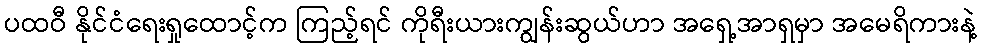
ပထဝီ နိုင်ငံရေးရှုထောင့်က ကြည့်ရင် ကိုရီးယားကျွန်းဆွယ်ဟာ အရှေ့အာရှမှာ အမေရိကားနဲ့